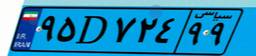
۹۵D۷۲۴۹۹